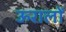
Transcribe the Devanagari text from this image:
ऊरालों